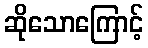
ဆိုသောကြောင့်